Indian journal of veterinary science and animal husbandry - Volume 4,
Year: 1934
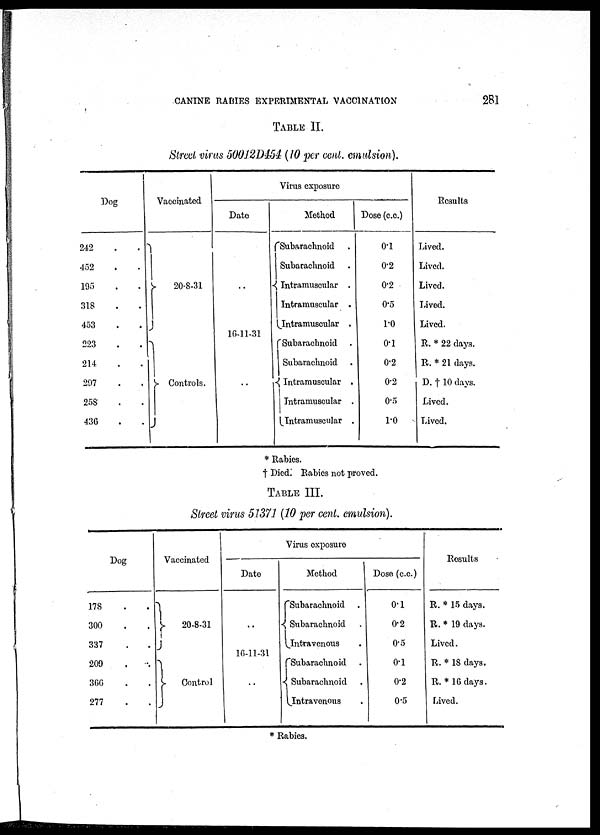
CANINE RABIES EXPERIMENTAL VACCINATION
281
TABLE II.
Street virus 50012D454 (10 per cent. emulsion).
Dog
242 . .
452 . .
195 . .
318 . .
453 . .
223 . .
214 . .
297 . .
258 . .
436 . .
Vaccinated
}
20-8-31
}
Controls.
Virus exposure
Date
..
16-11-31
..
Method
Subarachnoid .
Subarachnoid .
Intramuscular .
Intramuscular .
Intramuscular .
Subarachnoid .
Subarachnoid .
Intramuscular .
Intramuscular .
Intramuscular .
Dose (c.c.)
0.1
0.2
0.2
0.5
1.0
0.1
0.2
0.2
0.5
1.0
Results
Lived.
Lived.
Lived.
Lived.
Lived.
R. * 22 days.
R. * 21 days.
D. † 10 days.
Lived.
Lived.
* Rabies.
† Died. Rabies not proved.
TABLE III.
Street virus 51371 (10 per cent. emulsion).
Dog
178 . .
300 . .
337 . .
209 . .
366 . .
277 . .
Vaccinated
}
20-8-31
}
Control
Virus exposure
Date
..
16-11-31
..
Method
Subarachnoid .
{ Subarachnoid .
Intravenous .
Subarachnoid .
{ Subarachnoid .
Intravenous .
Dose (c.c.)
0.1
0.2
0.5
0.1
0.2
0.5
Results
R. * 15 days.
R. * 19 days.
Lived.
R. * 18 days.
R. * 16 days.
Lived.
* Rabies.